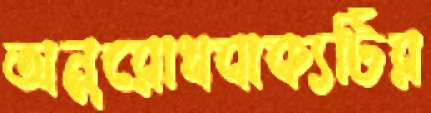
অনুরোধবাক্যটির